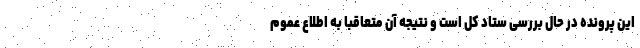
این پرونده در حال بررسی ستاد کل است و نتیجه آن متعاقبا به اطلاع عموم